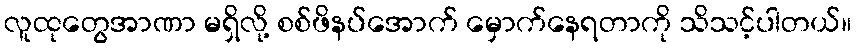
လူထုတွေအာဏာ မရှိလို့ စစ်ဖိနပ်အောက် မှောက်နေရတာကို သိသင့်ပါတယ်။